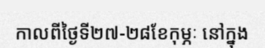
កាលពីថ្ងៃទី២៧-២៨ខែកុម្ភៈ នៅក្នុង